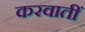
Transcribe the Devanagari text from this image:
करवातीं